Document type: Inventory
Year: 1295
Scribe: Pere Marc
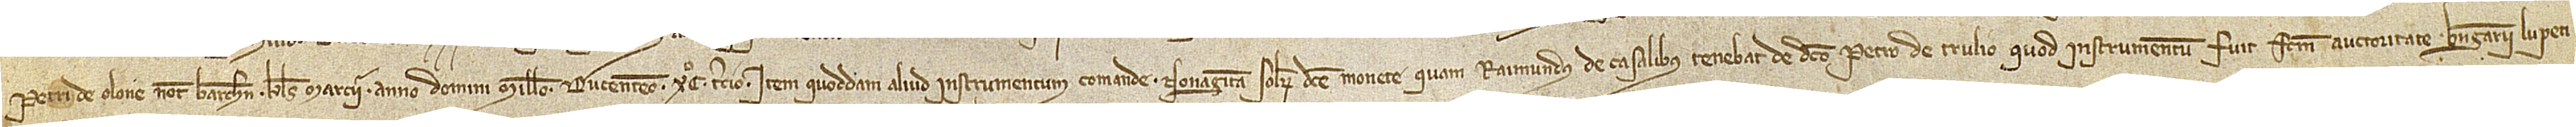
Petri de Olone, notarii Barchinone, kalendas marcii, anno Domini millesimo ducentesimo XCº tercio; item, quoddam aliud instrumentum comenda nonaginta solidorum dicte monete quam Raimundus de Casalibus tenebat de dicto Petro de Trulio, quod instrumentum fuit factum auctoritate Berengarii Lupeti,